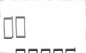
٧١